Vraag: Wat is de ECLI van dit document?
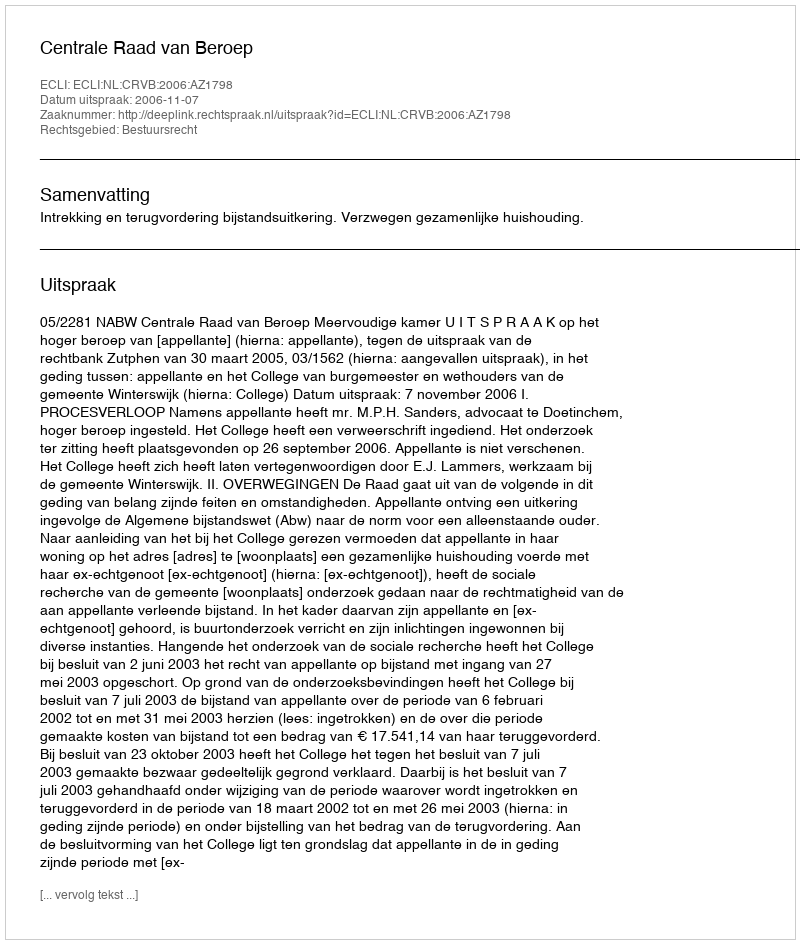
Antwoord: ECLI:NL:CRVB:2006:AZ1798